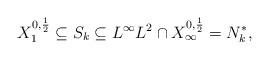
LaTeX: \begin{align*} X_1^{0,\frac{1}{2}} \subseteq S_k\subseteq L^\infty L^2 \cap X_\infty^{0,\frac{1}{2}} = N_{k}^{\ast}, \end{align*}